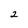
Character: 2